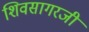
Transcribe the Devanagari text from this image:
शिवसागरजी